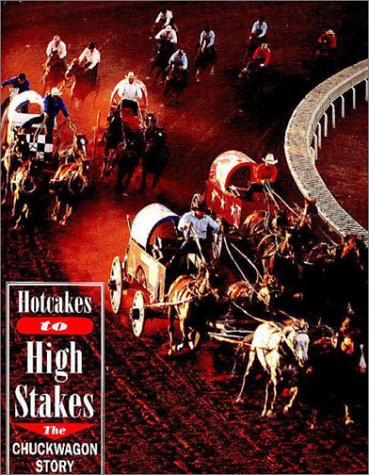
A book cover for Hotcakes to High Stakes: The Chuckwagon Story; Doug Nelson; Sports & Outdoors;